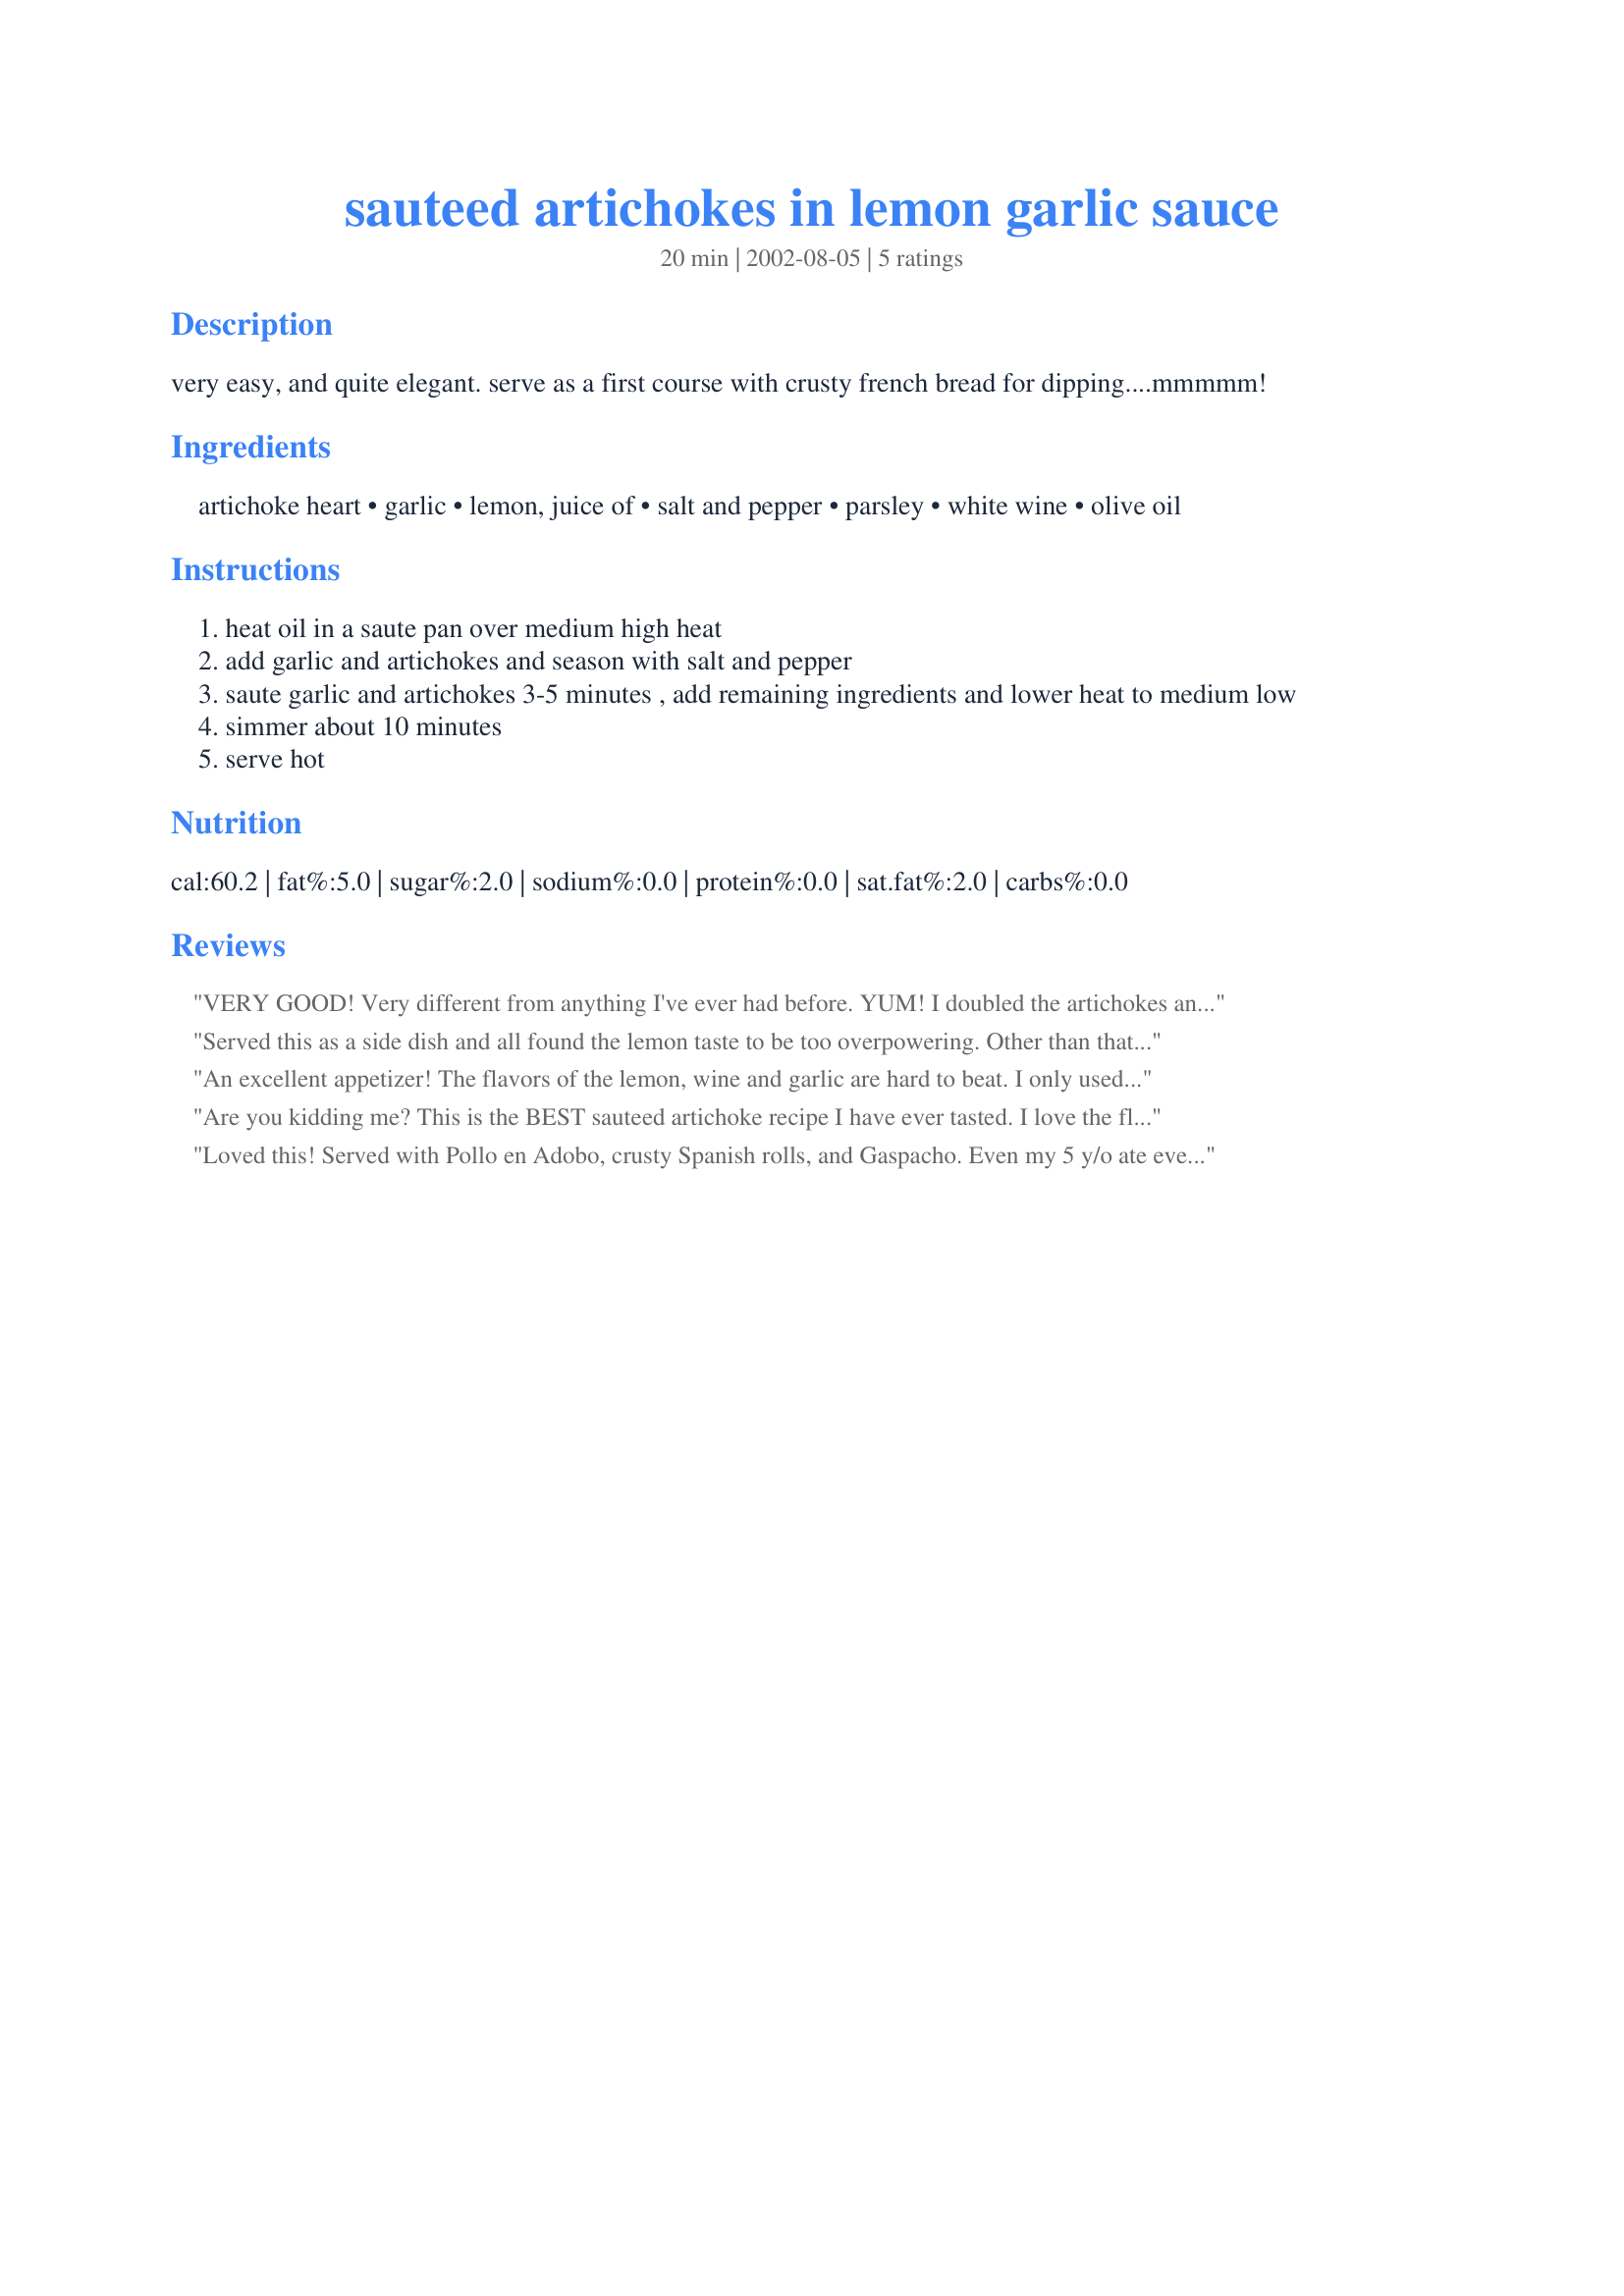
sauteed artichokes in lemon garlic sauce
Preparation time: 20 minutes

very easy, and quite elegant. serve as a first course with crusty french bread for dipping....mmmmm!

Ingredients:
artichoke heart, garlic, lemon, juice of, salt and pepper, parsley, white wine, olive oil

Steps:
heat oil in a saute pan over medium high heat
add garlic and artichokes and season with salt and pepper
saute garlic and artichokes 3-5 minutes , add remaining ingredients and lower heat to medium low
simmer about 10 minutes
serve hot

Reviews:
VERY GOOD! Very different from anything I've ever had before. YUM! I doubled the artichokes and 1.5 timesed the rest! YUM!
Served this as a side dish and all found the lemon taste to be too overpowering. Other than that, it seemed okay and smelled quite good while it was cooking. Used 1/2 cup of wine.
An excellent appetizer! The flavors of the lemon, wine and garlic are hard to beat. I only used 1/2 cup of the white wine so I wouldn't overpower the delicate artichokes. For added color, I garnished with minced parsley. It was beautiful, and the taste was wonderful. Everyone did enjoy eating this flavorful dish. Thanks for sharing this keeper, canarygirl! I will definately make this one again. Tasty and easy, who could ask for more?
Are you kidding me? This is the BEST sauteed artichoke recipe I have ever tasted. I love the flavour. I have made this recipe a few times before, then lost the recipe. I have been trying for an awfully long time to find it again and just came across it today. Tonight's dinner will have this recipe as my side dish. Perfect! Thank you for posting this recipe.
Loved this! Served with Pollo en Adobo, crusty Spanish rolls, and Gaspacho. Even my 5 y/o ate everything! Next time i will have to double this so i can have some of the leftovers lol.
